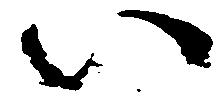
い